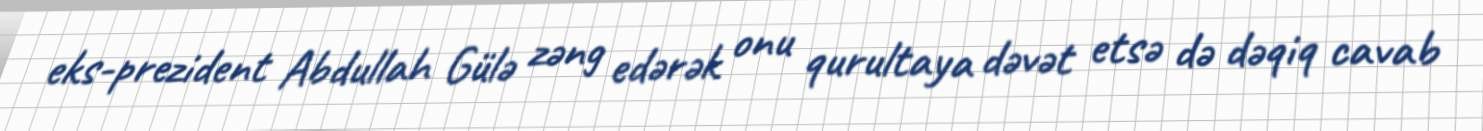
eks-prezident Abdullah Gülə zəng edərək onu qurultaya dəvət etsə də dəqiq cavab